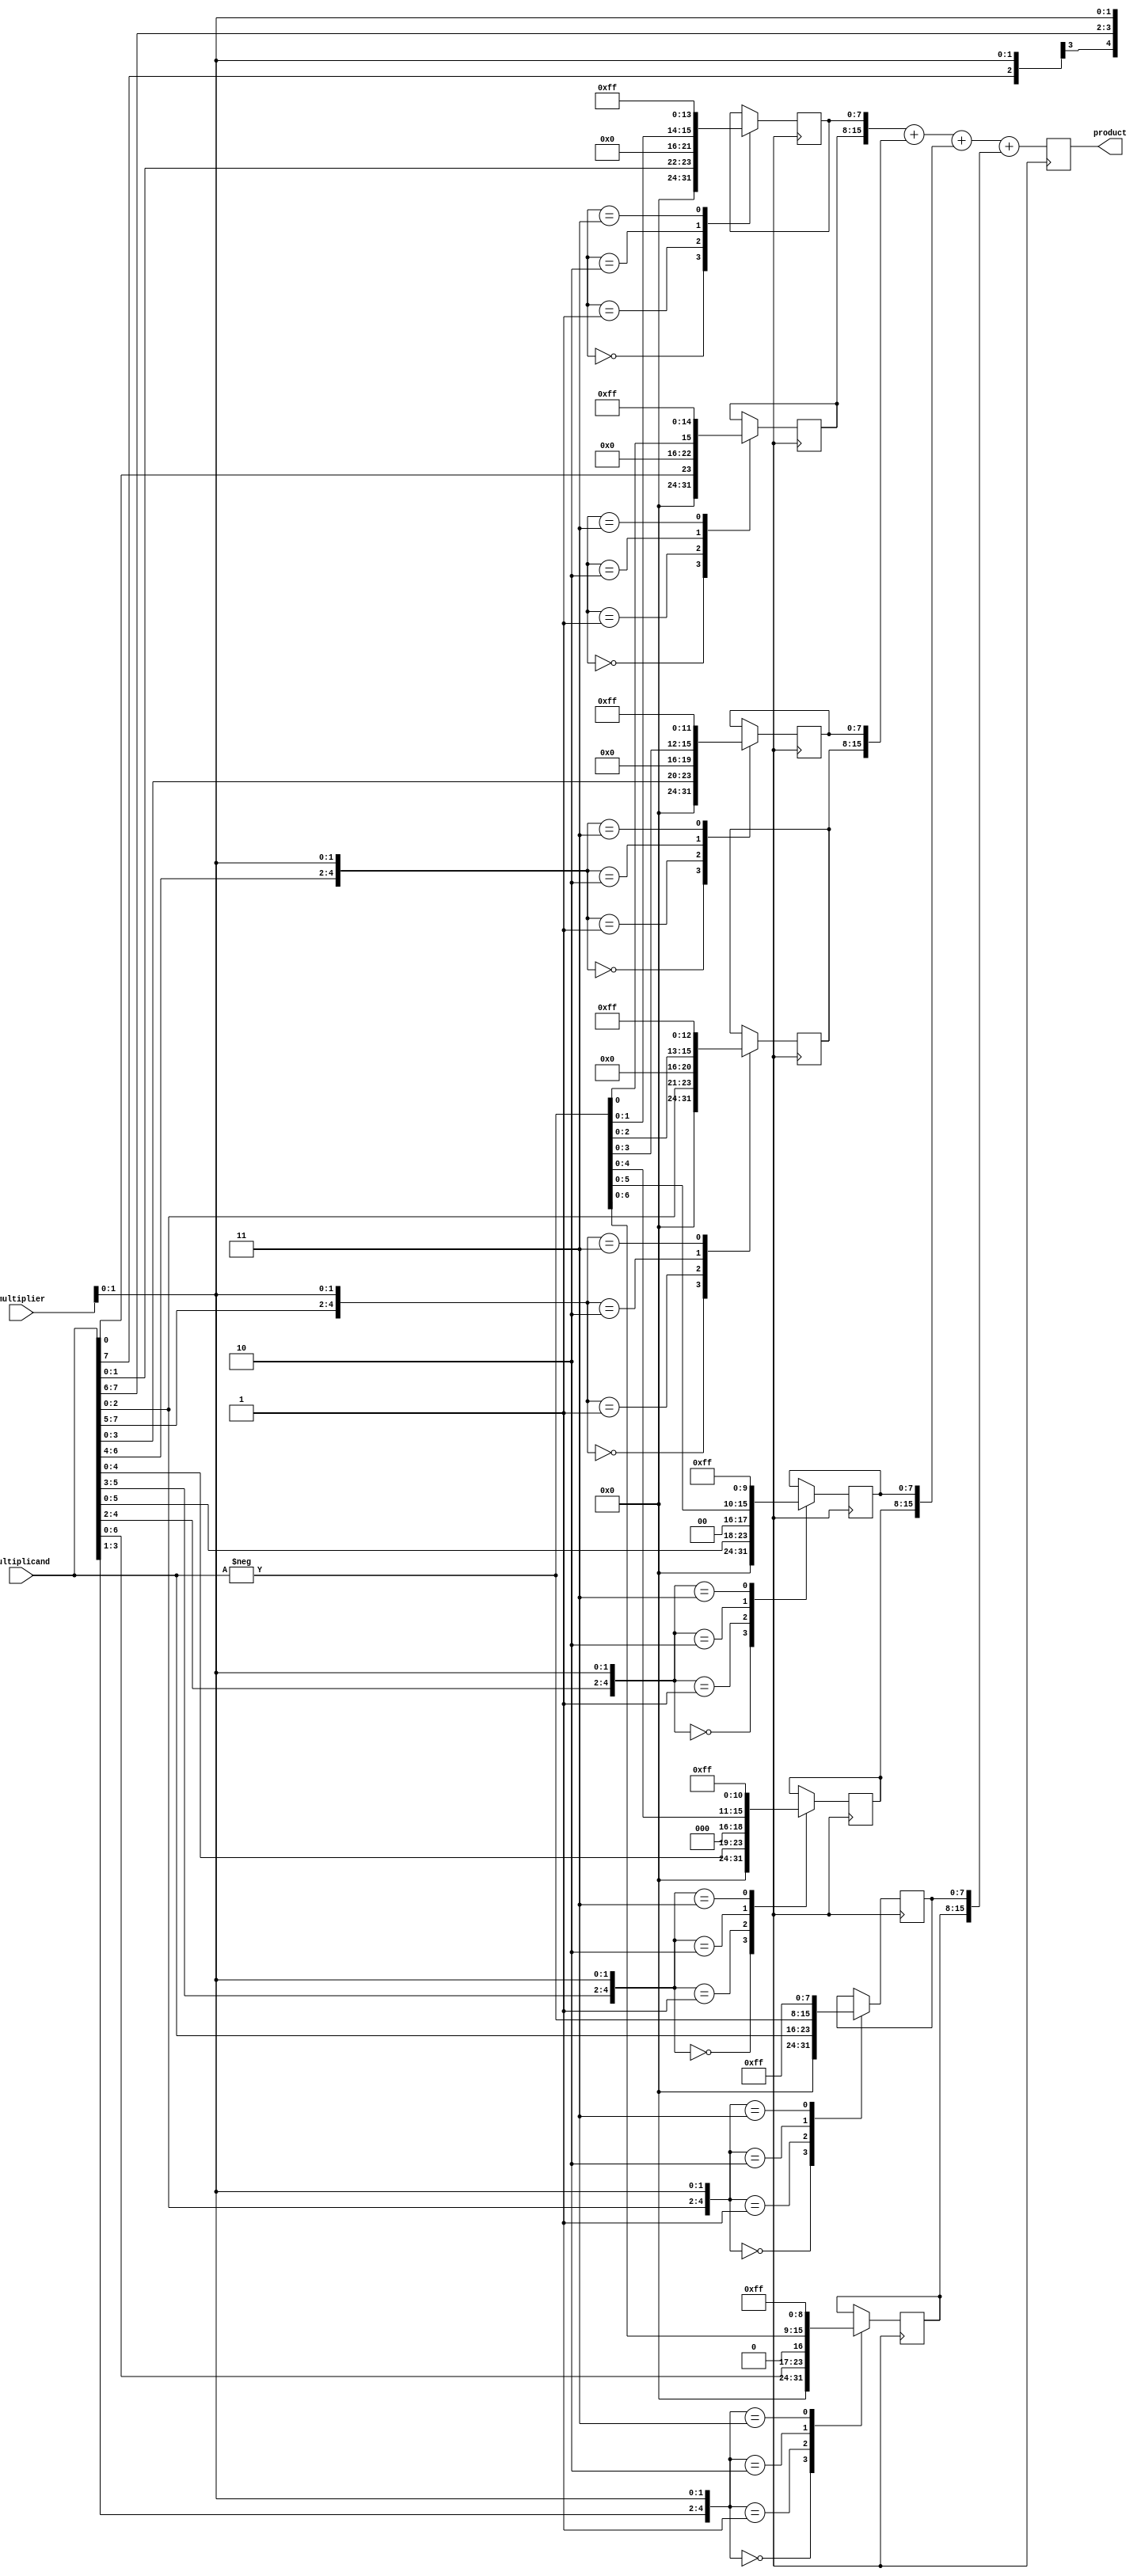
module booth_multiplier (
    input [7:0] multiplicand,
    input [7:0] multiplier,
    output reg [15:0] product
);

reg [7:0] partial_product [7:0];

// Array of 8 arithmetic blocks
genvar i;
generate
for (i = 0; i < 8; i = i + 1) begin: booth_block
    always @ (posedge clk) begin
        case ({multiplicand[i+2:i], multiplier[1:0]})
            2'b00: partial_product[i] <= 8'b00000000;
            2'b01: partial_product[i] <= multiplicand << i;
            2'b10: partial_product[i] <= -multiplicand << i;
            2'b11: partial_product[i] <= 8'b11111111;
        endcase
    end
end
endgenerate

always @ (posedge clk) begin
    // Accumulate partial products
    product <= {partial_product[7], partial_product[6]} + {partial_product[5], partial_product[4]} + {partial_product[3], partial_product[2]} + {partial_product[1], partial_product[0]};
end

// Control logic and error detection mechanisms can be added here

endmodule